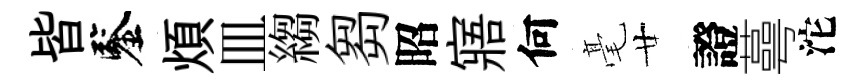
皆鑒煩皿縐芻昭寤何毫廿證蕚沱